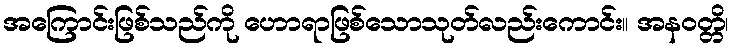
အကြောင်းဖြစ်သည်ကို ဟောရာဖြစ်သောသုတ်လည်းကောင်း။ အနဝတ္တိ၊